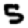
Digit: 5